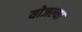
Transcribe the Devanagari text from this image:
योजल्या